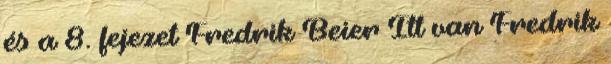
és a 8. fejezet Fredrik Beier Itt van Fredrik